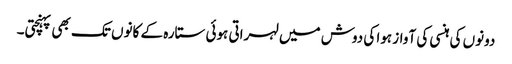
دونوں کی ہنسی کی آواز ہوا کی دوش میں لہراتی ہوئی ستارہ کے کانوں تک بھی پہنچتی۔